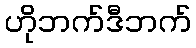
ဟိုဘက်ဒီဘက်